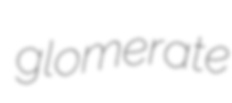
glomerate